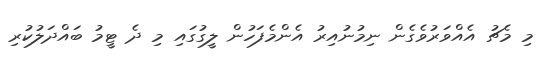
މި މެޗު އެއްވަރުވެގެން ނިމުނުއިރު އެންމެފަހުން ލީގުގައި މި ދެ ޓީމު ބައްދަލުކުރި